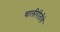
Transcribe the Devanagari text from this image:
चालीरीतीचे